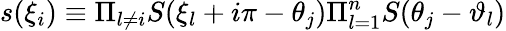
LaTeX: s(\xi_{i})\equiv\Pi_{l\neq i}S(\xi_{l}+i\pi-\theta_{j})\Pi_{l=1}^{n}S(\theta_{j}-\vartheta_{l})